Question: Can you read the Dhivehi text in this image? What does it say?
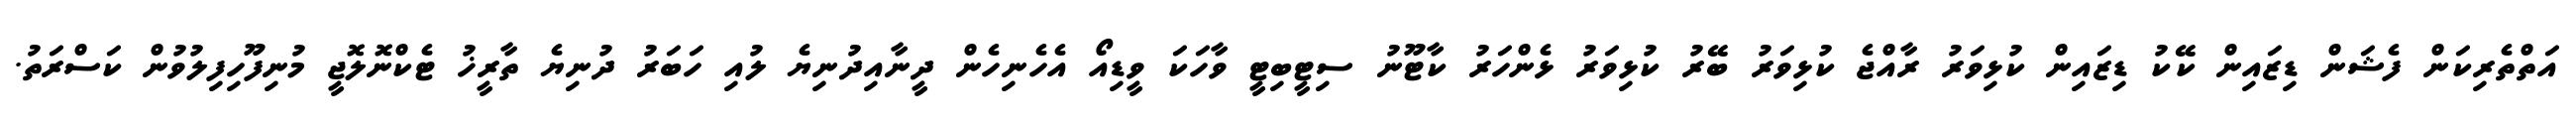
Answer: އަތްތެރިކަން ފެޝަން ޑިޒައިން ކޭކު ޑިޒައިން ކުޅިވަރު ރާއްޖެ ކުޅިވަރު ބޭރު ކުޅިވަރު ޅެންހަރު ކާޓޫނު ސިޓީބިޓީ ވާހަކަ ވީޑިއޯ އެހެނިހެން ދީނާއިދުނިޔެ ލުއި ހަބަރު ދުނިޔެ ތާރީޚު ޓެކްނޮލޮޖީ މުނިފޫހިފިލުވުން ކަސްރަތު.